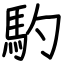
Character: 馰